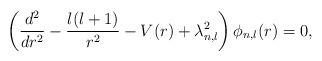
LaTeX: \begin{align*}\left( \frac{d^2}{dr^2} -\frac{l(l+1)}{r^2}-V(r)+\lambda^2_{n,l}\right)\phi_{n,l}(r)=0,\end{align*}